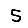
Digit: 5